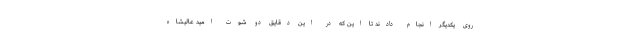
روی یکدیگر انجام دادند تا این که در این دقایق دو شوت امید عالیشاه